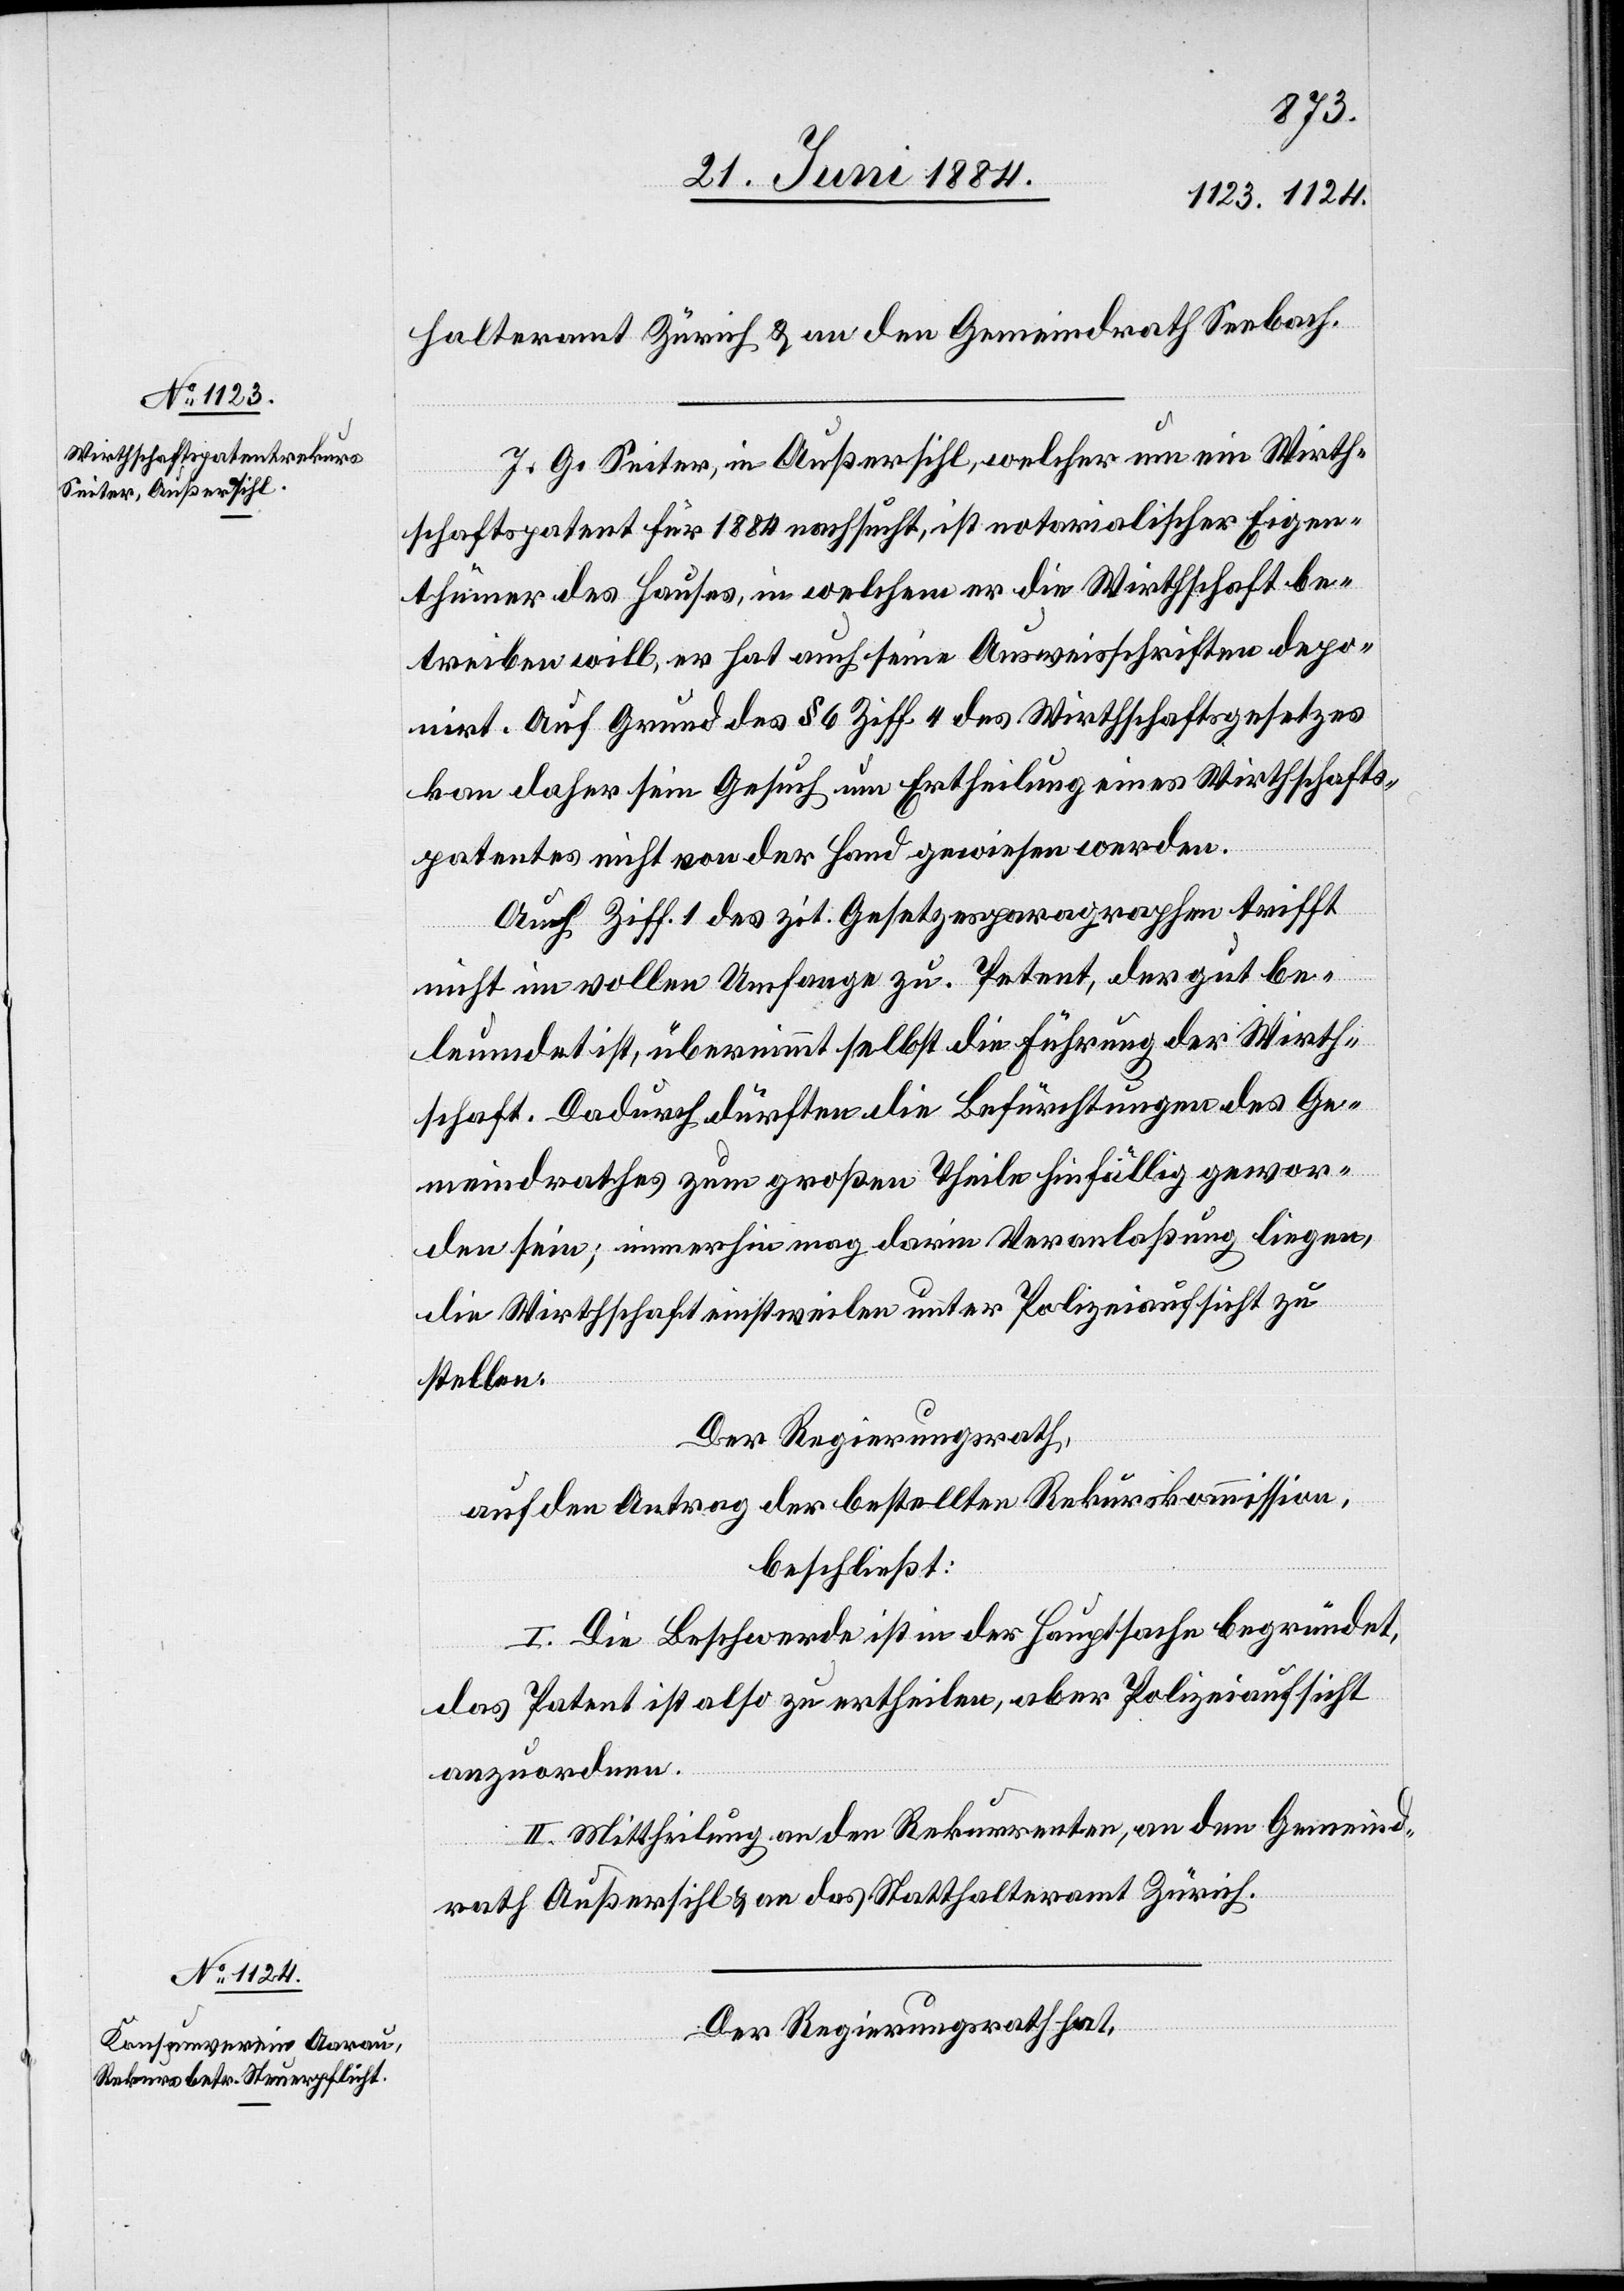
halteramt Zürich & an den Gemeindrath Seebach.
J. G. Seiter, in Außersihl, welcher um ein Wirth¬
schaftspatent für 1884 nachsucht, ist notarialischer Eigen¬
thümer des Hauses, in welchem er die Wirthschaft be¬
treiben will, er hat auch seine Ausweisschriften depo¬
nirt. Auf Grund des § 6 Ziff. 4 des Wirtschaftsgesetzes
kann daher sein Gesuch um Ertheilung eines Wirtschafts¬
patentes nicht von der Hand gewiesen werden.
Auch Ziff. 1 des zit. Gesetzesparagraphen trifft
nicht im vollen Umfange zu. Petent, der gut be¬
leumdet ist, übernimmt selbst die Führung der Wirth¬
schaft. Dadurch dürften die Befürchtungen des Ge¬
meindrathes zum großen Theile hinfällig gewor¬
den sein; immerhin mag darin Veranlaßung liegen,
die Wirtschaft einstweilen unter Polizeiaufsicht zu
stellen.
Der Regierungsrath,
auf den Antrag der bestellten Rekurskommission,
beschließt:
I. Die Beschwerde ist in der Hauptsache begründet,
das Patent ist also zu ertheilen, aber Polizeiaufsicht
anzuordnen.
II. Mittheilung an den Rekurrenten, an den Gemeind¬
rath Außersihl & an das Statthalteramt Zürich.
Der Regierungsrath hat,